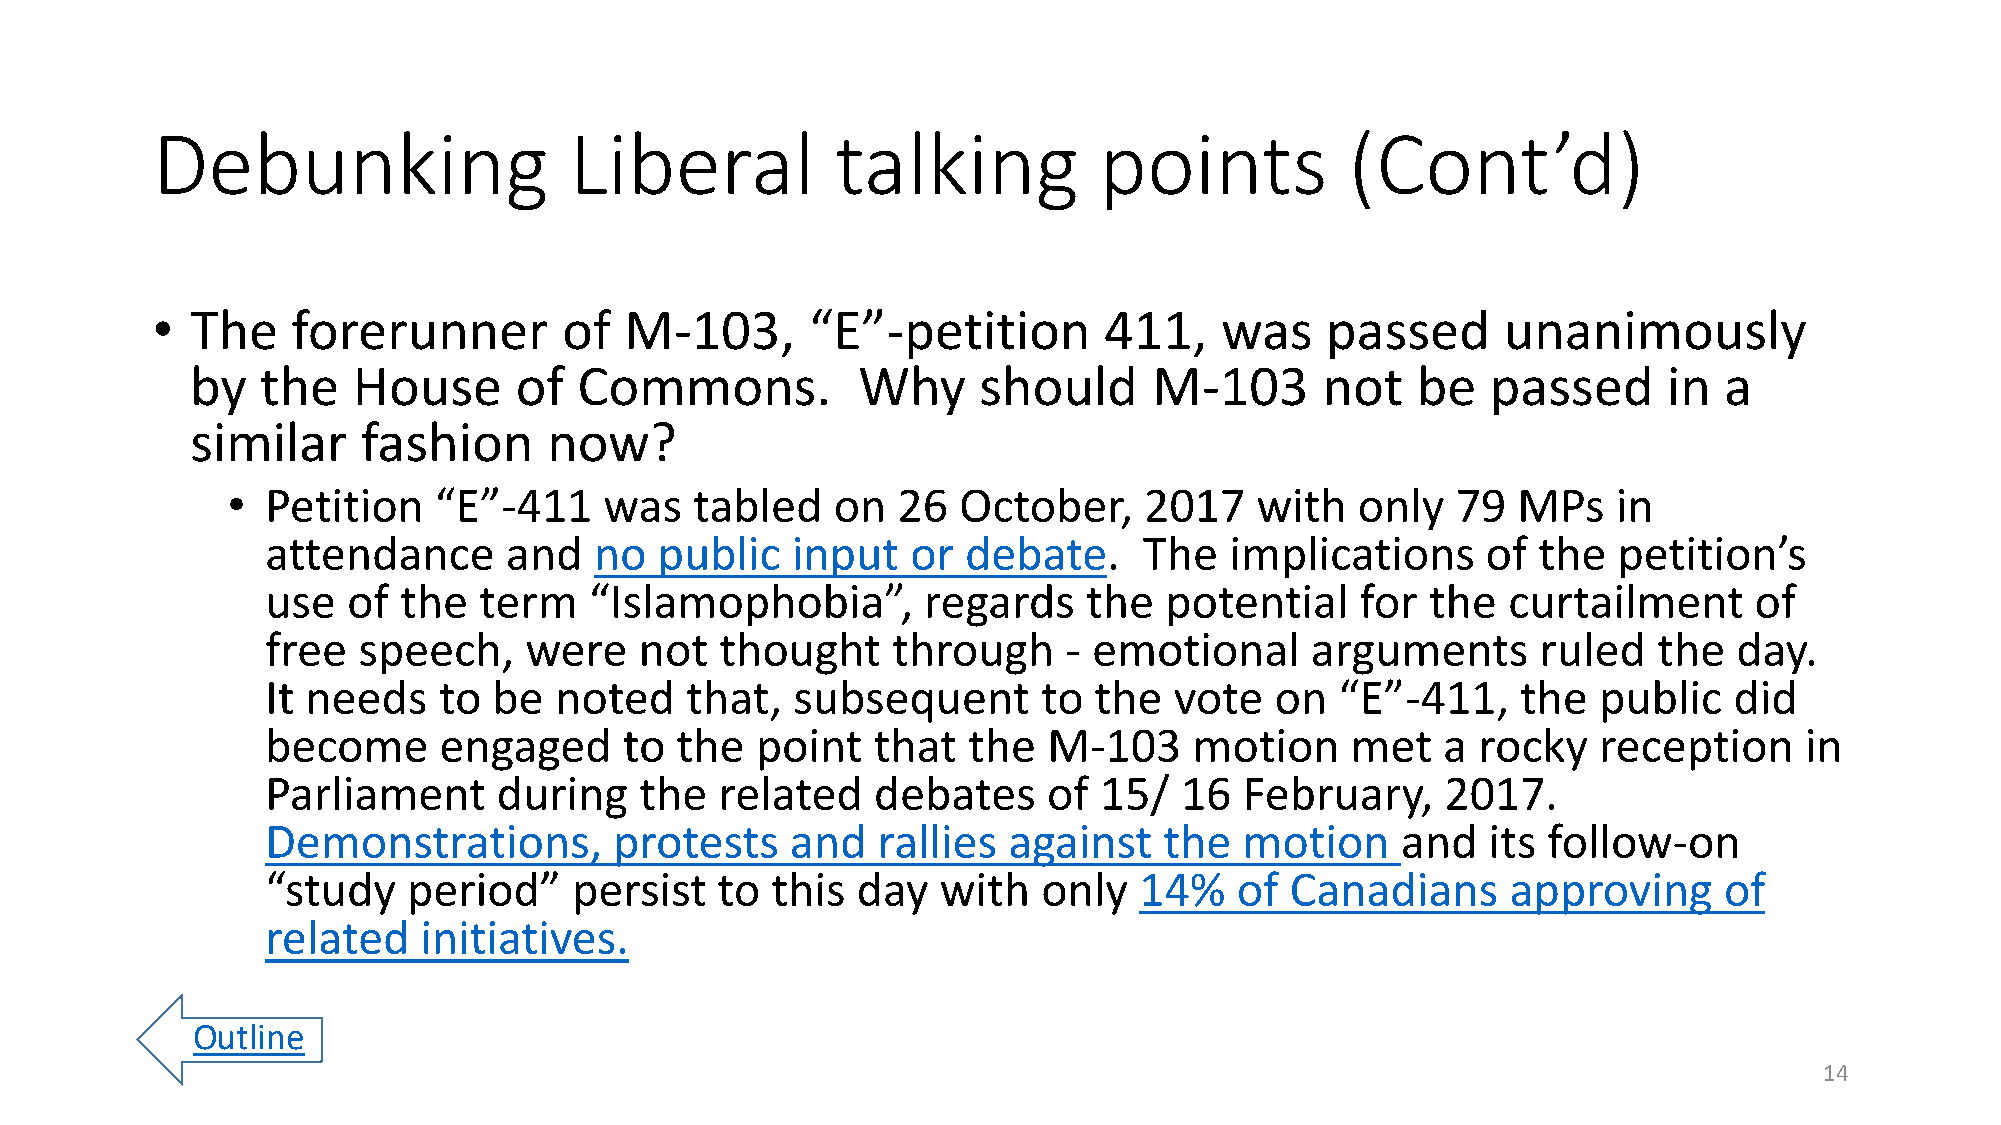
Debunking                   Liberal          talking           points          (Cont’d)
 •  The   forerunner        of  M-103,       “E”-petition       411,    was    passed      unanimously
 by  the   House      of  Commons.           Why     should     M-103       not   be   passed     in  a
 similar    fashion     now?
 •  Petition   “E”-411    was   tabled   on  26  October,     2017   with   only  79  MPs    in
 attendance     and   no   public  input   or  debate.     The  implications     of  the  petition’s
 use  of the   term   “Islamophobia”,       regards    the  potential    for  the  curtailment     of
 free  speech,    were   not   thought    through     - emotional     arguments      ruled   the  day.
 It needs   to  be  noted   that,  subsequent       to the   vote  on   “E”-411,    the  public   did
 become     engaged     to  the  point   that  the  M-103     motion    met   a  rocky   reception    in
 Parliament     during   the   related   debates    of  15/  16  February,     2017.
 Demonstrations,        protests   and   rallies  against   the  motion     and   its follow-on
 “study   period”    persist  to  this  day  with   only  14%    of Canadians      approving     of
 related   initiatives.
 Outline
 14